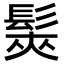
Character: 𩭌